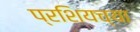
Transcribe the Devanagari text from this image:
प्रशियच्या